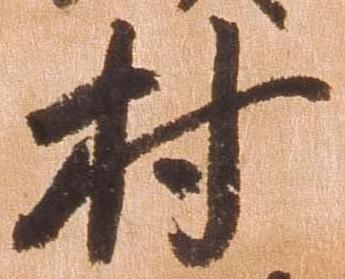
村